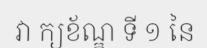
វា ក្យខ័ណ្ឌ ទី ១ នៃ